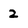
Character: 2